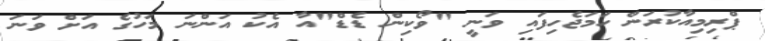
ޕްރިމިއާކުރަން ހަމަޖެހިފައި ވަނީ "ވޯކިން ޑެޑް"އާ އެކު އަންނަ މަހުގެ އަށް ވަނަ